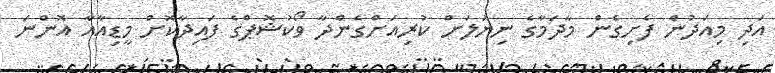
އަދި މިއަދުން ފެށިގެން މާދަމާގެ ނިޔަލަށް ކުރިއަށްގެންދާ ވޯކުޝޮޕްގެ ފައިދާކޮށް މީޑިއާއާ އޮންނަ